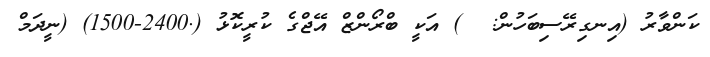
ކަންވާރު (އިނގިރޭސިބަހުން:  ) އަކީ ބްރޯންޒް އޭޖްގެ ކުރީކޮޅު (.2400-1500) (ނީދަމް